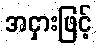
အငှားဖြင့်